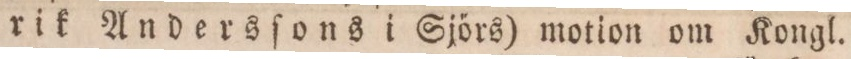
rik Andersſons i Sjörs) motion om Kongl.